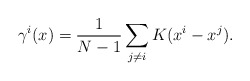
\begin{align*}\gamma^i(x) = \frac1{N-1}\sum_{j\neq i}K(x^i - x^j).\end{align*}